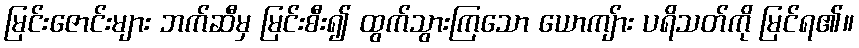
မြင်းဇောင်းများ ဘက်ဆီမှ မြင်းစီး၍ ထွက်သွားကြသော ယောကျ်ား ပရိသတ်ကို မြင်ရ၏။